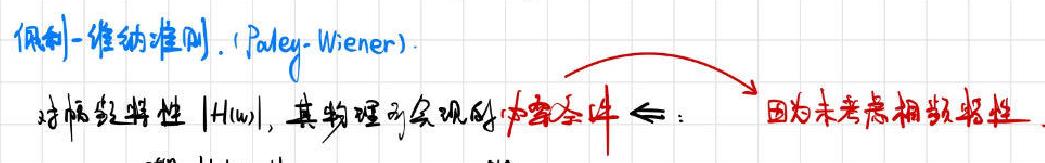
佩利 - 维纳准则. (Paley - Wiener).
对幅频特性 $|H(\omega)|$, 其物理可实现的必要条件 $\Leftarrow$:
因为未考虑相频特性